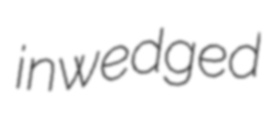
inwedged